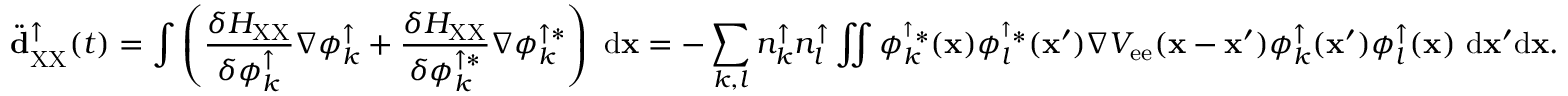
\ddot { \bf d } _ { \mathrm { X X } } ^ { \uparrow } ( t ) = \int { \left( \frac { \delta H _ { \mathrm { X X } } } { \delta \phi _ { k } ^ { \uparrow } } \nabla \phi _ { k } ^ { \uparrow } + \frac { \delta H _ { \mathrm { X X } } } { \delta \phi _ { k } ^ { \uparrow * } } \nabla \phi _ { k } ^ { \uparrow * } \right) \ \mathrm { d } { \bf x } } = - \sum _ { k , l } { n _ { k } ^ { \uparrow } n _ { l } ^ { \uparrow } \iint { \phi _ { k } ^ { ^ \uparrow * } ( { \bf x } ) \phi _ { l } ^ { ^ \uparrow * } ( { \bf x } ^ { \prime } ) \nabla { \cal V } _ { \mathrm { e e } } ( { \bf x } - { \bf x } ^ { \prime } ) \phi _ { k } ^ { \uparrow } ( { \bf x } ^ { \prime } ) \phi _ { l } ^ { \uparrow } ( { \bf x } ) \ \mathrm { d } { \bf x } ^ { \prime } \mathrm { d } { \bf x } } } .